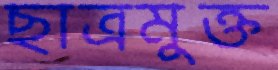
ছাত্রমুক্ত